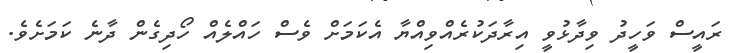
ރައީސް ވަހީދު ވިދާޅުވީ އިރާދަކުރެއްވިއްޔާ އެކަމަށް ވެސް ހައްލެއް ހޯދިގެން ދާނެ ކަމަށެވެ.